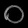
Digit: ၀